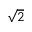
\sqrt { 2 }